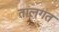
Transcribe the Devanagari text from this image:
तालगत